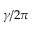
\gamma / 2 \pi